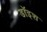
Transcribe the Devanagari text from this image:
डॉइश